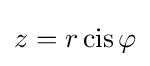
{\textstyle z=r\operatorname {\mathrm {cis} } \varphi }